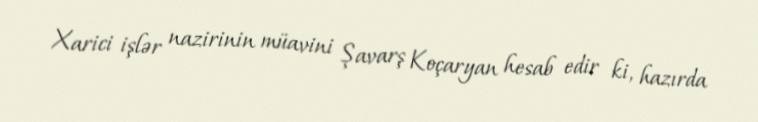
Xarici işlər nazirinin müavini Şavarş Koçaryan hesab edir ki, hazırda